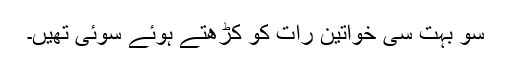
سو بہت سی خواتین رات کو کڑھتے ہوئے سوئی تھیں۔